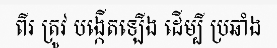
ពីរ ត្រូវ បង្កើតឡើង ដើម្បី ប្រឆាំង